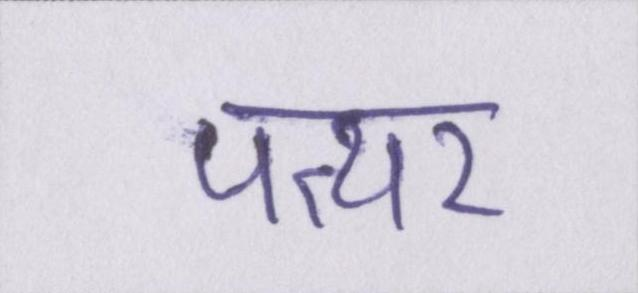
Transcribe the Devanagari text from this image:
पत्थर